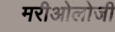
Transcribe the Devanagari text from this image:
मरीओलोजी